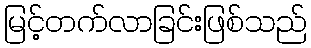
မြင့်တက်လာခြင်းဖြစ်သည်